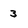
Character: 3